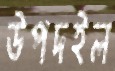
উপদইল